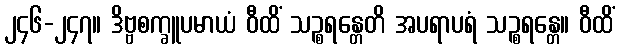
၂၄၆-၂၄၇။ ဒိဗ္ဗစက္ခူပမာယံ ဝီထိံ သဉ္စရန္တေတိ အပရာပရံ သဉ္စရန္တေ။ ဝီထိံ